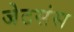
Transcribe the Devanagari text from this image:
जेटसंस